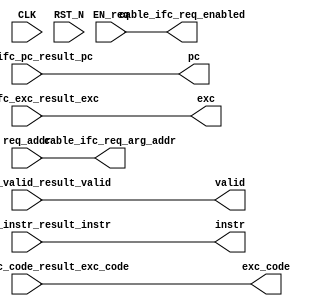
//
// Generated by Bluespec Compiler, version 2016.03.beta1 (build 34761, 2016-03-16)
//
// On Sat Jul  9 18:53:27 EDT 2016
//
//
// Ports:
// Name                         I/O  size props
// valid                          O     1
// pc                             O    32
// instr                          O    32
// exc                            O     1
// exc_code                       O     4
// cable_ifc_req_enabled          O     1
// cable_ifc_req_arg_addr         O    32
// CLK                            I     1 unused
// RST_N                          I     1 unused
// req_addr                       I    32
// cable_ifc_valid_result_valid   I     1
// cable_ifc_pc_result_pc         I    32
// cable_ifc_instr_result_instr   I    32
// cable_ifc_exc_result_exc       I     1
// cable_ifc_exc_code_result_exc_code  I     4
// EN_req                         I     1
//
// Combinational paths from inputs to outputs:
//   (req_addr, EN_req) -> cable_ifc_req_arg_addr
//   cable_ifc_valid_result_valid -> valid
//   cable_ifc_pc_result_pc -> pc
//   cable_ifc_instr_result_instr -> instr
//   cable_ifc_exc_result_exc -> exc
//   cable_ifc_exc_code_result_exc_code -> exc_code
//   EN_req -> cable_ifc_req_enabled
//
//

`ifdef BSV_ASSIGNMENT_DELAY
`else
  `define BSV_ASSIGNMENT_DELAY
`endif

`ifdef BSV_POSITIVE_RESET
  `define BSV_RESET_VALUE 1'b1
  `define BSV_RESET_EDGE posedge
`else
  `define BSV_RESET_VALUE 1'b0
  `define BSV_RESET_EDGE negedge
`endif

module mkICache_Socket(CLK,
		       RST_N,

		       req_addr,
		       EN_req,

		       valid,

		       pc,

		       instr,

		       exc,

		       exc_code,

		       cable_ifc_req_enabled,

		       cable_ifc_req_arg_addr,

		       cable_ifc_valid_result_valid,

		       cable_ifc_pc_result_pc,

		       cable_ifc_instr_result_instr,

		       cable_ifc_exc_result_exc,

		       cable_ifc_exc_code_result_exc_code);
  input  CLK;
  input  RST_N;

  // action method req
  input  [31 : 0] req_addr;
  input  EN_req;

  // value method valid
  output valid;

  // value method pc
  output [31 : 0] pc;

  // value method instr
  output [31 : 0] instr;

  // value method exc
  output exc;

  // value method exc_code
  output [3 : 0] exc_code;

  // value method cable_ifc_req_enabled
  output cable_ifc_req_enabled;

  // value method cable_ifc_req_arg_addr
  output [31 : 0] cable_ifc_req_arg_addr;

  // action method cable_ifc_valid_result
  input  cable_ifc_valid_result_valid;

  // action method cable_ifc_pc_result
  input  [31 : 0] cable_ifc_pc_result_pc;

  // action method cable_ifc_instr_result
  input  [31 : 0] cable_ifc_instr_result_instr;

  // action method cable_ifc_exc_result
  input  cable_ifc_exc_result_exc;

  // action method cable_ifc_exc_code_result
  input  [3 : 0] cable_ifc_exc_code_result_exc_code;

  // signals for module outputs
  wire [31 : 0] cable_ifc_req_arg_addr, instr, pc;
  wire [3 : 0] exc_code;
  wire cable_ifc_req_enabled, exc, valid;

  // rule scheduling signals
  wire CAN_FIRE_cable_ifc_exc_code_result,
       CAN_FIRE_cable_ifc_exc_result,
       CAN_FIRE_cable_ifc_instr_result,
       CAN_FIRE_cable_ifc_pc_result,
       CAN_FIRE_cable_ifc_valid_result,
       CAN_FIRE_req,
       WILL_FIRE_cable_ifc_exc_code_result,
       WILL_FIRE_cable_ifc_exc_result,
       WILL_FIRE_cable_ifc_instr_result,
       WILL_FIRE_cable_ifc_pc_result,
       WILL_FIRE_cable_ifc_valid_result,
       WILL_FIRE_req;

  // action method req
  assign CAN_FIRE_req = 1'd1 ;
  assign WILL_FIRE_req = EN_req ;

  // value method valid
  assign valid = cable_ifc_valid_result_valid ;

  // value method pc
  assign pc = cable_ifc_pc_result_pc ;

  // value method instr
  assign instr = cable_ifc_instr_result_instr ;

  // value method exc
  assign exc = cable_ifc_exc_result_exc ;

  // value method exc_code
  assign exc_code = cable_ifc_exc_code_result_exc_code ;

  // value method cable_ifc_req_enabled
  assign cable_ifc_req_enabled = EN_req ;

  // value method cable_ifc_req_arg_addr
  assign cable_ifc_req_arg_addr = req_addr ;

  // action method cable_ifc_valid_result
  assign CAN_FIRE_cable_ifc_valid_result = 1'd1 ;
  assign WILL_FIRE_cable_ifc_valid_result = 1'd1 ;

  // action method cable_ifc_pc_result
  assign CAN_FIRE_cable_ifc_pc_result = 1'd1 ;
  assign WILL_FIRE_cable_ifc_pc_result = 1'd1 ;

  // action method cable_ifc_instr_result
  assign CAN_FIRE_cable_ifc_instr_result = 1'd1 ;
  assign WILL_FIRE_cable_ifc_instr_result = 1'd1 ;

  // action method cable_ifc_exc_result
  assign CAN_FIRE_cable_ifc_exc_result = 1'd1 ;
  assign WILL_FIRE_cable_ifc_exc_result = 1'd1 ;

  // action method cable_ifc_exc_code_result
  assign CAN_FIRE_cable_ifc_exc_code_result = 1'd1 ;
  assign WILL_FIRE_cable_ifc_exc_code_result = 1'd1 ;
endmodule  // mkICache_Socket